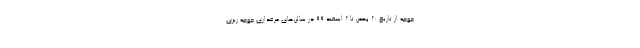
جوجه از تاریخ ۲۰ بهمن تا ۲ اسفند ۹۹ در سالن‌های مرغداری جوجه ریزی